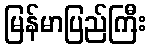
မြန်မာပြည်ကြီး